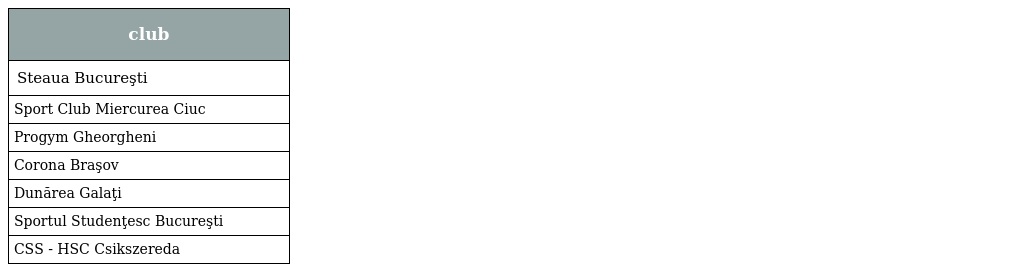
| club |
 | --- |
 | Steaua Bucureşti |
 | Sport Club Miercurea Ciuc |
 | Progym Gheorgheni |
 | Corona Braşov |
 | Dunărea Galaţi |
 | Sportul Studenţesc Bucureşti |
 | CSS - HSC Csikszereda |